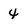
Character: 4